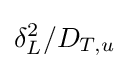
\delta _{L}^{2}/D_{T,u}